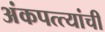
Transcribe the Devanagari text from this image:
अंकपत्त्यांची